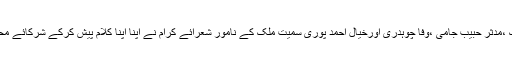
تقریب میں صائمہ جبیں مہک ،مدثر حبیب جامی ،وفا چوہدری اورخیال احمد پوری سمیت ملک کے نامور شعرائے کرام نے اپنا اپنا کلام پیش کرکے شرکائے محفل سے خوب داد وصول کی۔